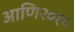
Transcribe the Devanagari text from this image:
आणि२०१५